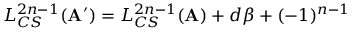
L _ { C S } ^ { 2 n - 1 } ( { \bf A } ^ { \prime } ) = L _ { C S } ^ { 2 n - 1 } ( { \bf A } ) + d \beta + ( - 1 ) ^ { n - 1 }